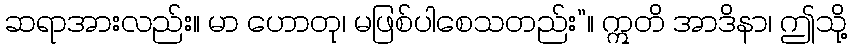
ဆရာအားလည်း။ မာ ဟောတု၊ မဖြစ်ပါစေသတည်း”။ ဣတိ အာဒိနာ၊ ဤသို့